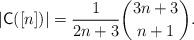
LaTeX: \begin{align*}|\mathsf{C}([n])| = \dfrac{1}{2n+3} \binom{3n+3}{n+1}.\end{align*}